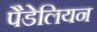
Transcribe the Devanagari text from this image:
पैडेलियन